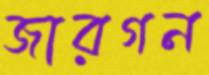
জারগন